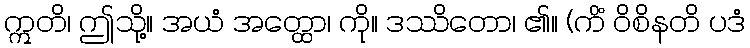
ဣတိ၊ ဤသို့။ အယံ အတ္ထော၊ ကို။ ဒဿိတော၊ ၏။ (ကိံ ဝိစိနတိ ပဒံ